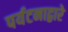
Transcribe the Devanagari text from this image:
पर्यटनाद्वारे